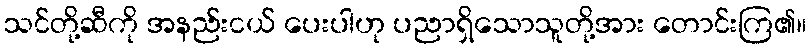
သင်တို့ဆီကို အနည်းငယ် ပေးပါဟု ပညာရှိသောသူတို့အား တောင်းကြ၏။